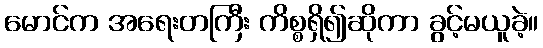
မောင်က အရေးတကြီး ကိစ္စရှိ၍ဆိုကာ ခွင့်မယူခဲ့။